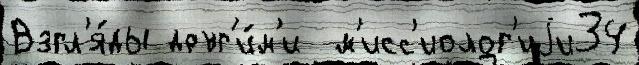
Взгл'я́ды друг'и́м'и  м'исс'иолог'иjи34